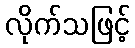
လိုက်သဖြင့်